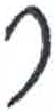
אות: ר